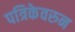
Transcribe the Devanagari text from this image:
पत्रिकेवरुन